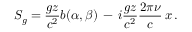
S _ { g } = \frac { g z } { c ^ { 2 } } b ( \alpha , \beta ) \, - \, i \frac { g z } { c ^ { 2 } } \frac { 2 \pi \nu } { c } \, x \, .